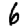
Digit: 6